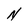
Character: N